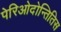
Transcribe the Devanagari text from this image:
पेरिओदोन्तितिस